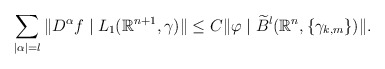
\begin{align*}\sum_{|\alpha|=l}\|D^\alpha f\mid L_1(\mathbb R^{n+1},\gamma)\|\le C\|\varphi\mid\widetilde{B}^l(\mathbb R^n,\{\gamma_{k,m}\})\|.\end{align*}